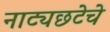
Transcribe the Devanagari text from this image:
नाट्यछटेचे